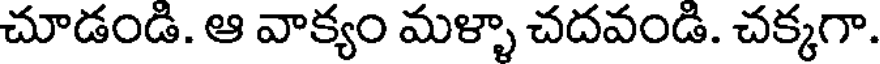
చూడండి. ఆ వాక్యం మళ్ళా చదవండి. చక్కగా.